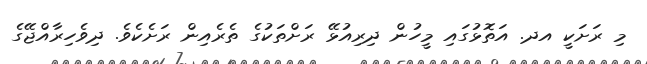
މި ރަށަކީ އދ. އަތޮޅުގައި މީހުން ދިރިއުޅޭ ރަށްތަކުގެ ތެރެއިން ރަށެކެވެ. ދިވެހިރާއްޖޭގެ